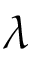
\lambda